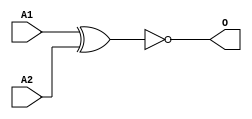
module MJXNOR2B(A1, A2, O);
input   A1;
input   A2;
output  O;
xnor g0(O, A1, A2);
endmodule